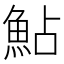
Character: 鮎